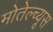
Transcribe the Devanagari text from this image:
मोतेल्च्यूस